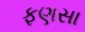
ફણસા